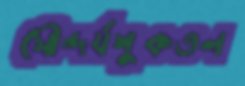
সৌন্দর্যশুকতল